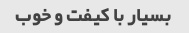
بسیار با کیفت و خوب